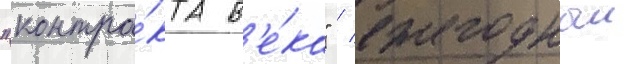
"контра́кта в'е́ка" / ежегодныи